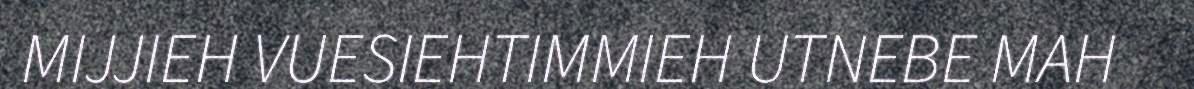
MIJJIEH VUESIEHTIMMIEH UTNEBE MAH